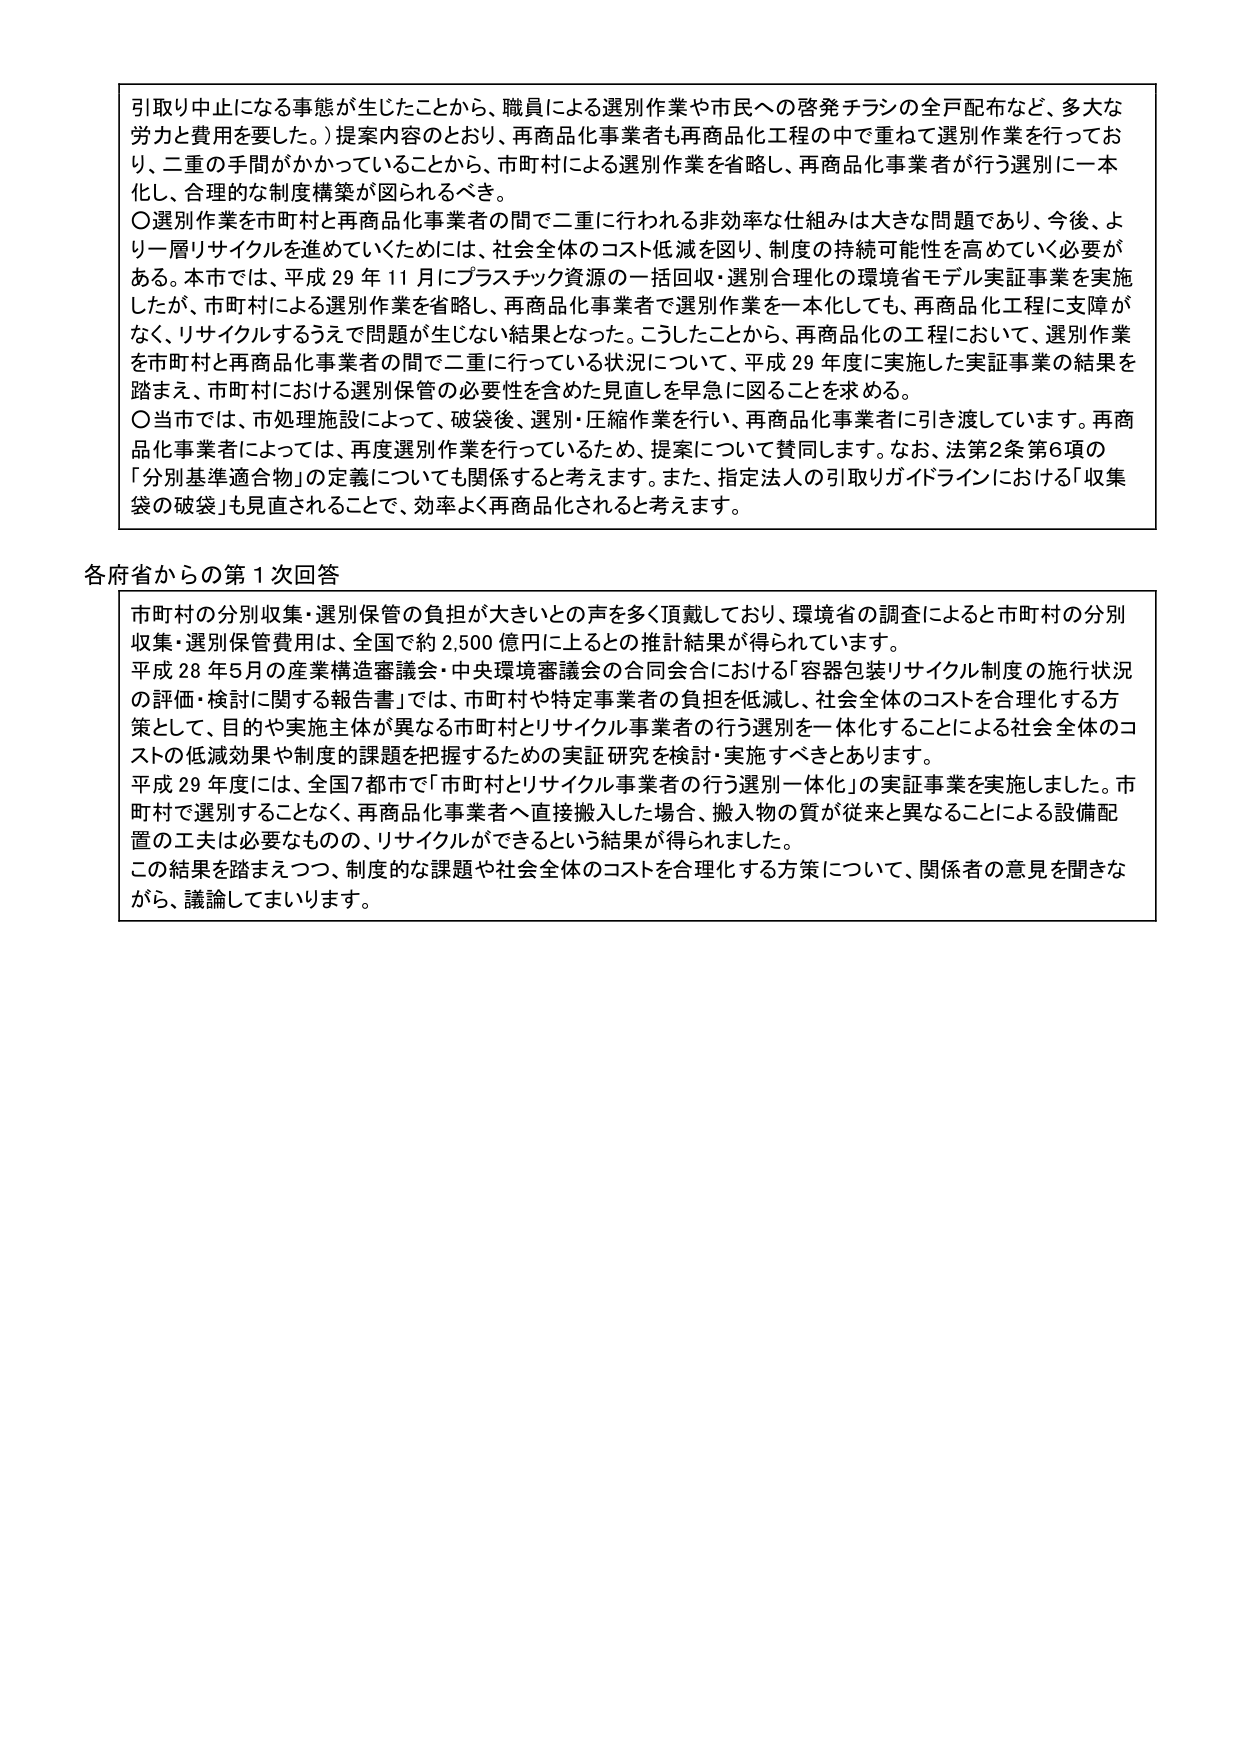
引取り中止になる事態が生じたことから、職員による選別作業や市民への啓発チラシの全戸配布など、多大な労力と費用を要した。）提案内容のとおり、再商品化事業者も再商品化工程の中で重ねて選別作業を行っており、二重の手間がかかっていることから、市町村による選別作業を省略し、再商品化事業者が行う選別に一本化し、合理的な制度構築が図られるべき。

〇選別作業を市町村と再商品化事業者の間で二重に行われる非効率な仕組みは大きな問題であり、今後、より一層リサイクルを進めていくためには、社会全体のコスト低減を図り、制度の持続可能性を高めていく必要がある。本市では、平成29年11月にプラスチック資源の一括回収・選別合理化の環境省モデル実証事業を実施したが、市町村による選別作業を省略し、再商品化事業者で選別作業を一本化しても、再商品化工程に支障がなく、リサイクルするうえで問題が生じない結果となった。こうしたことから、再商品化の工程において、選別作業を市町村と再商品化事業者の間で二重に行っている状況について、平成29年度に実施した実証事業の結果を踏まえ、市町村における選別保管の必要性を含めた見直しを早急に図ることを求める。

〇当市では、市処理施設によって、破袋後、選別・圧縮作業を行い、再商品化事業者に引き渡しています。再商品化事業者によっては、再度選別作業を行っているため、提案について賛同します。なお、法第2条第6項の「分別基準適合物」の定義についても関係すると考えます。また、指定法人の引取りガイドラインにおける「収集袋の破袋」も見直されることで、効率よく再商品化されると考えます。

各府省からの第1次回答

市町村の分別収集・選別保管の負担が大きいとの声を多く頂戴しており、環境省の調査によると市町村の分別収集・選別保管費用は、全国で約2,500億円に上るとの推計結果が得られています。

平成28年5月の産業構造審議会・中央環境審議会の合同会合における「容器包装リサイクル制度の施行状況の評価・検討に関する報告書」では、市町村や特定事業者の負担を低減し、社会全体のコストを合理化する方策として、目的や実施主体が異なる市町村とリサイクル事業者の行う選別を一体化することによる社会全体のコストの低減効果や制度的課題を把握するための実証研究を検討・実施すべきとあります。

平成29年度には、全国7都市で「市町村とリサイクル事業者の行う選別一体化」の実証事業を実施しました。市町村で選別することなく、再商品化事業者へ直接搬入した場合、搬入物の質が従来と異なることによる設備配置の工夫は必要なものの、リサイクルができるという結果が得られました。

この結果を踏まえつつ、制度的な課題や社会全体のコストを合理化する方策について、関係者の意見を聞きながら、議論してまいります。